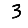
Digit: 3